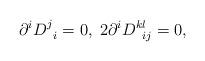
LaTeX: \begin{align*}\partial ^iD_{\;\;i}^j=0,\;2\partial ^iD_{\;\;ij}^{kl}=0,\end{align*}